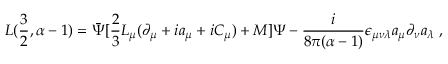
{ \cal L } ( \frac { 3 } { 2 } , \alpha - 1 ) = \bar { \Psi } [ \frac { 2 } { 3 } L _ { \mu } ( \partial _ { \mu } + i a _ { \mu } + i C _ { \mu } ) + M ] \Psi - \frac { i } { 8 \pi ( \alpha - 1 ) } \epsilon _ { \mu \nu \lambda } a _ { \mu } \partial _ { \nu } a _ { \lambda } \; ,